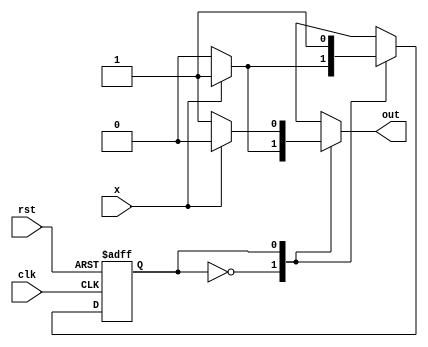
`timescale 1ns / 1ps
//////////////////////////////////////////////////////////////////////////////////
// Company: 
// Engineer: 
// 
// Design Name: 
// Module Name:    two_complement 
// Project Name: 
// Target Devices: 
// Tool versions: 
// Description: 
//
// Dependencies: 
//
// Revision: 
// Revision 0.01 - File Created
// Additional Comments: 
//
//////////////////////////////////////////////////////////////////////////////////

/*
   Assignment No. - 5
   Problem No. - 2
   Semester - 5 (Autumn 2021-22)
   Group No. - 30
   Group Members - Vanshita Garg (19CS10064) & Ashutosh Kumar Singh (19CS30008)
*/

// Module for two's complement FSM using a Mealy machine
// We have 2 states - S0 and S1, we stay in S0 as long as the first 1 from LSB is not read, and output each bit as it is
// After reading the first 1 from the LSB, we go to state S1, and output the complement of each bit
module two_complement (x, rst, clk, out);
    /*
      Input and output ports :
      x - the current input bit
      clk - the clock signal
      rst - the reset signal
      out - the output bit corresponding to the bit x
    */
    input x, rst, clk;
    output reg out;
    
    reg PS, NS;
    parameter S0 = 1'b0, S1 = 1'b1;
    
    // Set present state
    always @(posedge clk or posedge rst) begin
        if (rst)
            PS <= 1'b0;
        else 
            PS <= NS;
    end
    
    // Next state logic
    always @(*) begin
        case (PS)
            S0: NS = (x) ? S1 : S0;
            S1: NS = S1;
        endcase
    end
    
    // Output logic
    always @(*) begin
        case (PS)
            S0: out = (x) ? 1'b1 : 1'b0;
            S1: out = (x) ? 1'b0 : 1'b1;
        endcase
    end
endmodule